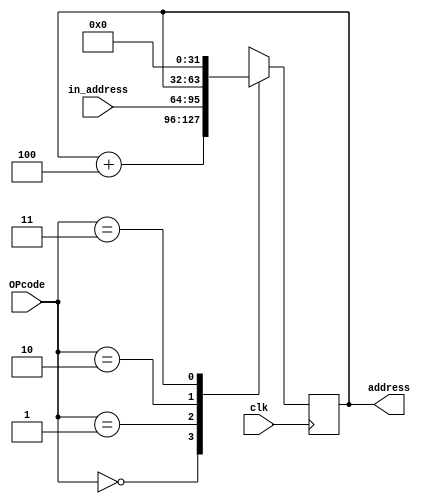
module programCounter(clk,in_address,OPcode,address);
input clk;
input [1:0] OPcode;
input [31:0] in_address;
output [31:0] address;

reg [31:0] reg_address;

always @(posedge clk)
begin
	case(OPcode)
		2'b00 : reg_address = reg_address + 4;
		2'b01 : reg_address = in_address;
		2'b10 : reg_address = address;
		2'b11 : reg_address = 0;
	endcase
end

assign address = reg_address;

endmodule

//This Pogram Counter has 3 inputs in this case, the clock as clk for
//syncronization, the OPcode which indicates the operation we need to
//make and the input address as 'in_address'.
//
//All this operations were made in order to implement a pipeline in
//future updates.
//
//PC+8 para cuando se hace un jal (jump and link)